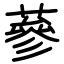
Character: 蔘